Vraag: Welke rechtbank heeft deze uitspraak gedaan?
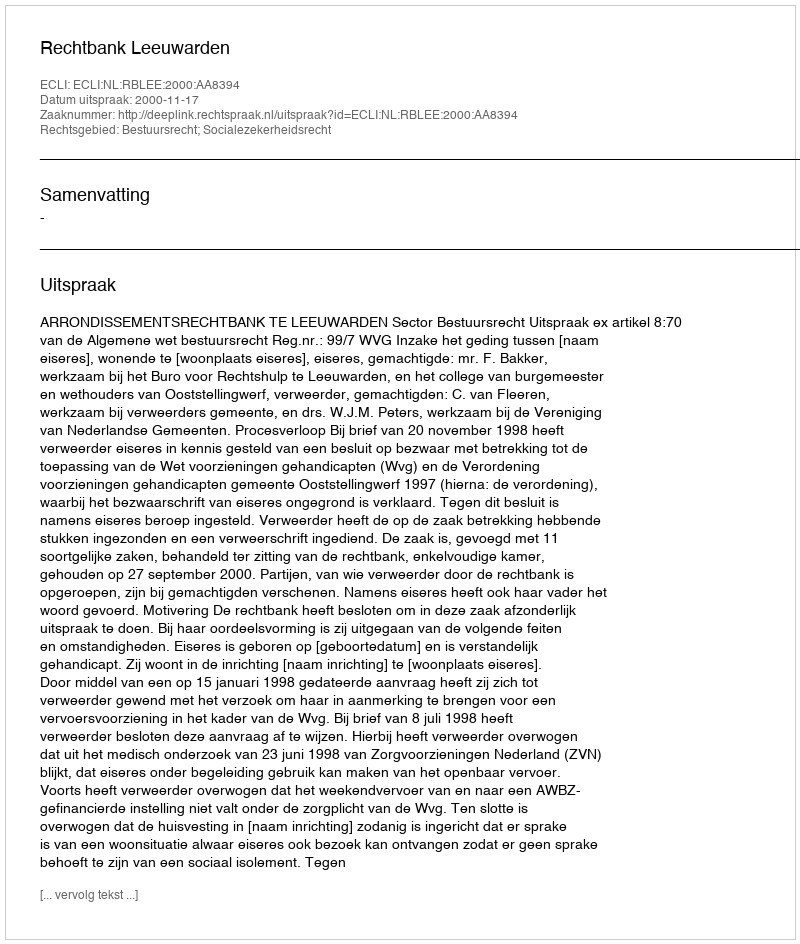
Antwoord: Rechtbank Leeuwarden